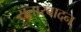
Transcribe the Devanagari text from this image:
सतारवादन